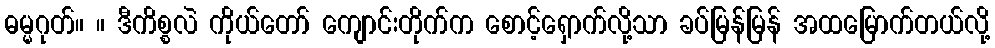
ဓမ္မဂုတ်။ ။ ဒီကိစ္စလဲ ကိုယ်တော် ကျောင်းတိုက်က စောင့်ရှောက်လို့သာ ခပ်မြန်မြန် အထမြောက်တယ်လို့